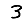
Digit: 3